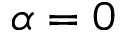
\alpha = 0